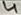
Text: 4